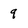
Character: 9